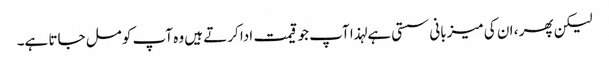
لیکن پھر ، ان کی میزبانی سستی ہے لہذا آپ جو قیمت ادا کرتے ہیں وہ آپ کو مل جاتا ہے۔